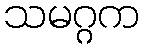
သမဂ္ဂက